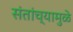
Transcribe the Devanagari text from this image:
संतांच्यामुळे